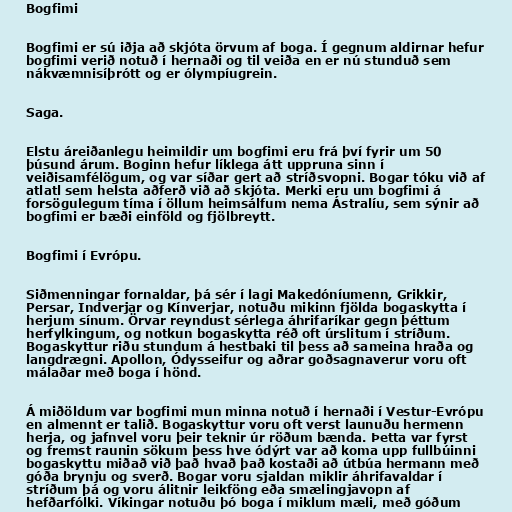
Bogfimi

Bogfimi er sú iðja að skjóta örvum af boga. Í gegnum aldirnar hefur
bogfimi verið notuð í hernaði og til veiða en er nú stunduð sem
nákvæmnisíþrótt og er ólympíugrein.

Saga.

Elstu áreiðanlegu heimildir um bogfimi eru frá því fyrir um 50
þúsund árum. Boginn hefur líklega átt uppruna sinn í
veiðisamfélögum, og var síðar gert að stríðsvopni. Bogar tóku við af
atlatl sem helsta aðferð við að skjóta. Merki eru um bogfimi á
forsögulegum tíma í öllum heimsálfum nema Ástralíu, sem sýnir að
bogfimi er bæði einföld og fjölbreytt.

Bogfimi í Evrópu.

Siðmenningar fornaldar, þá sér í lagi Makedóníumenn, Grikkir,
Persar, Indverjar og Kínverjar, notuðu mikinn fjölda bogaskytta í
herjum sínum. Örvar reyndust sérlega áhrifaríkar gegn þéttum
herfylkingum, og notkun bogaskytta réð oft úrslitum í stríðum.
Bogaskyttur riðu stundum á hestbaki til þess að sameina hraða og
langdrægni. Apollon, Ódysseifur og aðrar goðsagnaverur voru oft
málaðar með boga í hönd.

Á miðöldum var bogfimi mun minna notuð í hernaði í Vestur-Evrópu
en almennt er talið. Bogaskyttur voru oft verst launuðu hermenn
herja, og jafnvel voru þeir teknir úr röðum bænda. Þetta var fyrst
og fremst raunin sökum þess hve ódýrt var að koma upp fullbúinni
bogaskyttu miðað við það hvað það kostaði að útbúa hermann með
góða brynju og sverð. Bogar voru sjaldan miklir áhrifavaldar í
stríðum þá og voru álitnir leikföng eða smælingjavopn af
hefðarfólki. Víkingar notuðu þó boga í miklum mæli, með góðum